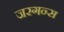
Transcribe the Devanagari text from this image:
जरगन्स